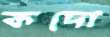
কদো